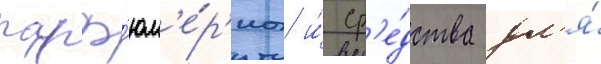
парф'юм'е́р'иа и́ ср'е́дства дл'я́